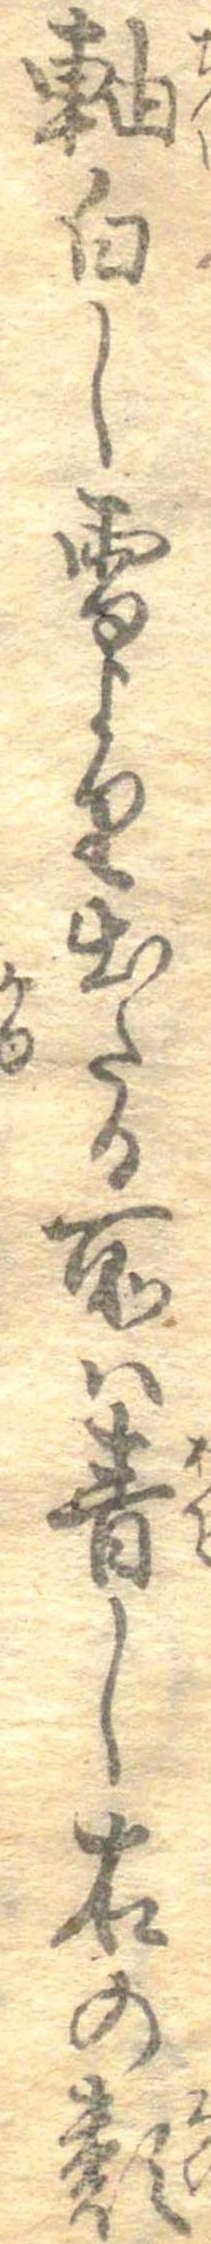
軸白し雪より出たる所は青し右の類